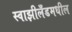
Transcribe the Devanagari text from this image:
स्वाझीलँडमधील